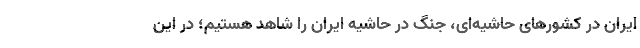
ایران در کشورهای حاشیه‌ای، جنگ در حاشیه ایران را شاهد هستیم؛ در این